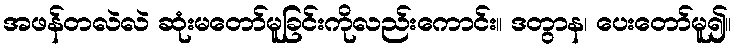
အဖန်တလဲလဲ ဆုံးမတော်မူခြင်းကိုလည်းကောင်း။ ဒတွာန၊ ပေးတော်မူ၍။